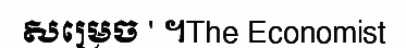
សម្រេច ' ។The Economist